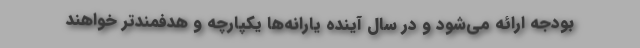
بودجه ارائه می‌شود و در سال آینده یارانه‌ها یکپارچه و هدفمندتر خواهند